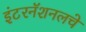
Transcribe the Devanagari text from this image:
इंटरनॅशनलचे